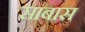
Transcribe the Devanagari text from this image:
साबास